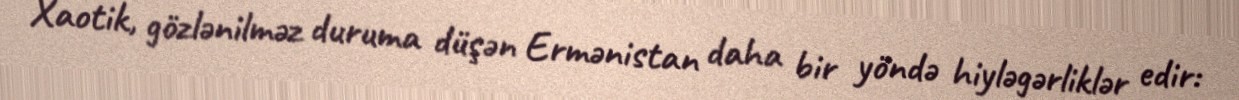
Xaotik, gözlənilməz duruma düşən Ermənistan daha bir yöndə hiyləgərliklər edir: